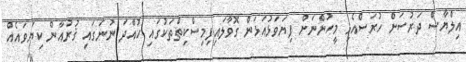
އިލްޔާސް ދަރުސަށް ހުރަސްއެޅި މީހުންނަށް ފިޔަވަޅުއަޅަން ގޮވާލައިފިމިސްކިތްތަކުގައި ހުއްދަ ނުނަގައި ޤުރުއާން ކިޔަވައެއް